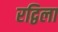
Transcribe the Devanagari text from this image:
रद्विला